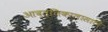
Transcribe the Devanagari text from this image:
आवृत्तिकालासाठी